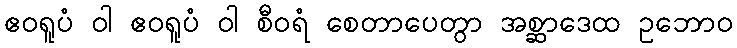
ဧဝရူပံ ဝါ ဧဝရူပံ ဝါ စီဝရံ စေတာပေတွာ အစ္ဆာဒေထ ဥဘောဝ